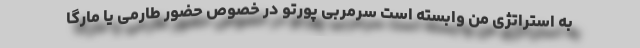
به استراتژی من وابسته است سرمربی پورتو در خصوص حضور طارمی یا مارگا